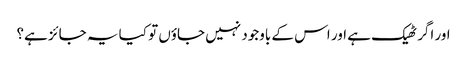
اور اگر ٹھیک ہے اور اس کے باوجود نہیں جاؤں تو کیا یہ جائز ہے؟